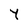
Character: Y